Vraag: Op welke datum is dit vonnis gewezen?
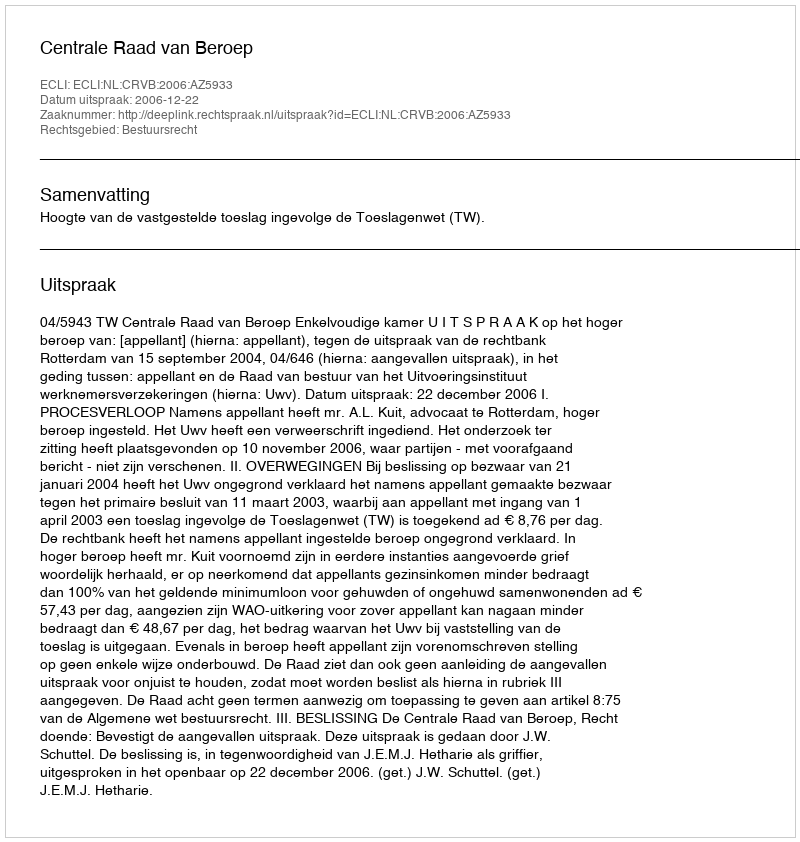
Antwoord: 2006-12-22